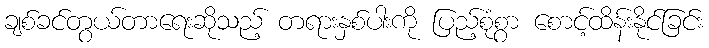
ချစ်ခင်တွယ်တာရေးဆိုသည့် တရားနှစ်ပါးကို ပြည့်စုံစွာ စောင့်ထိန်းနိုင်ခြင်း